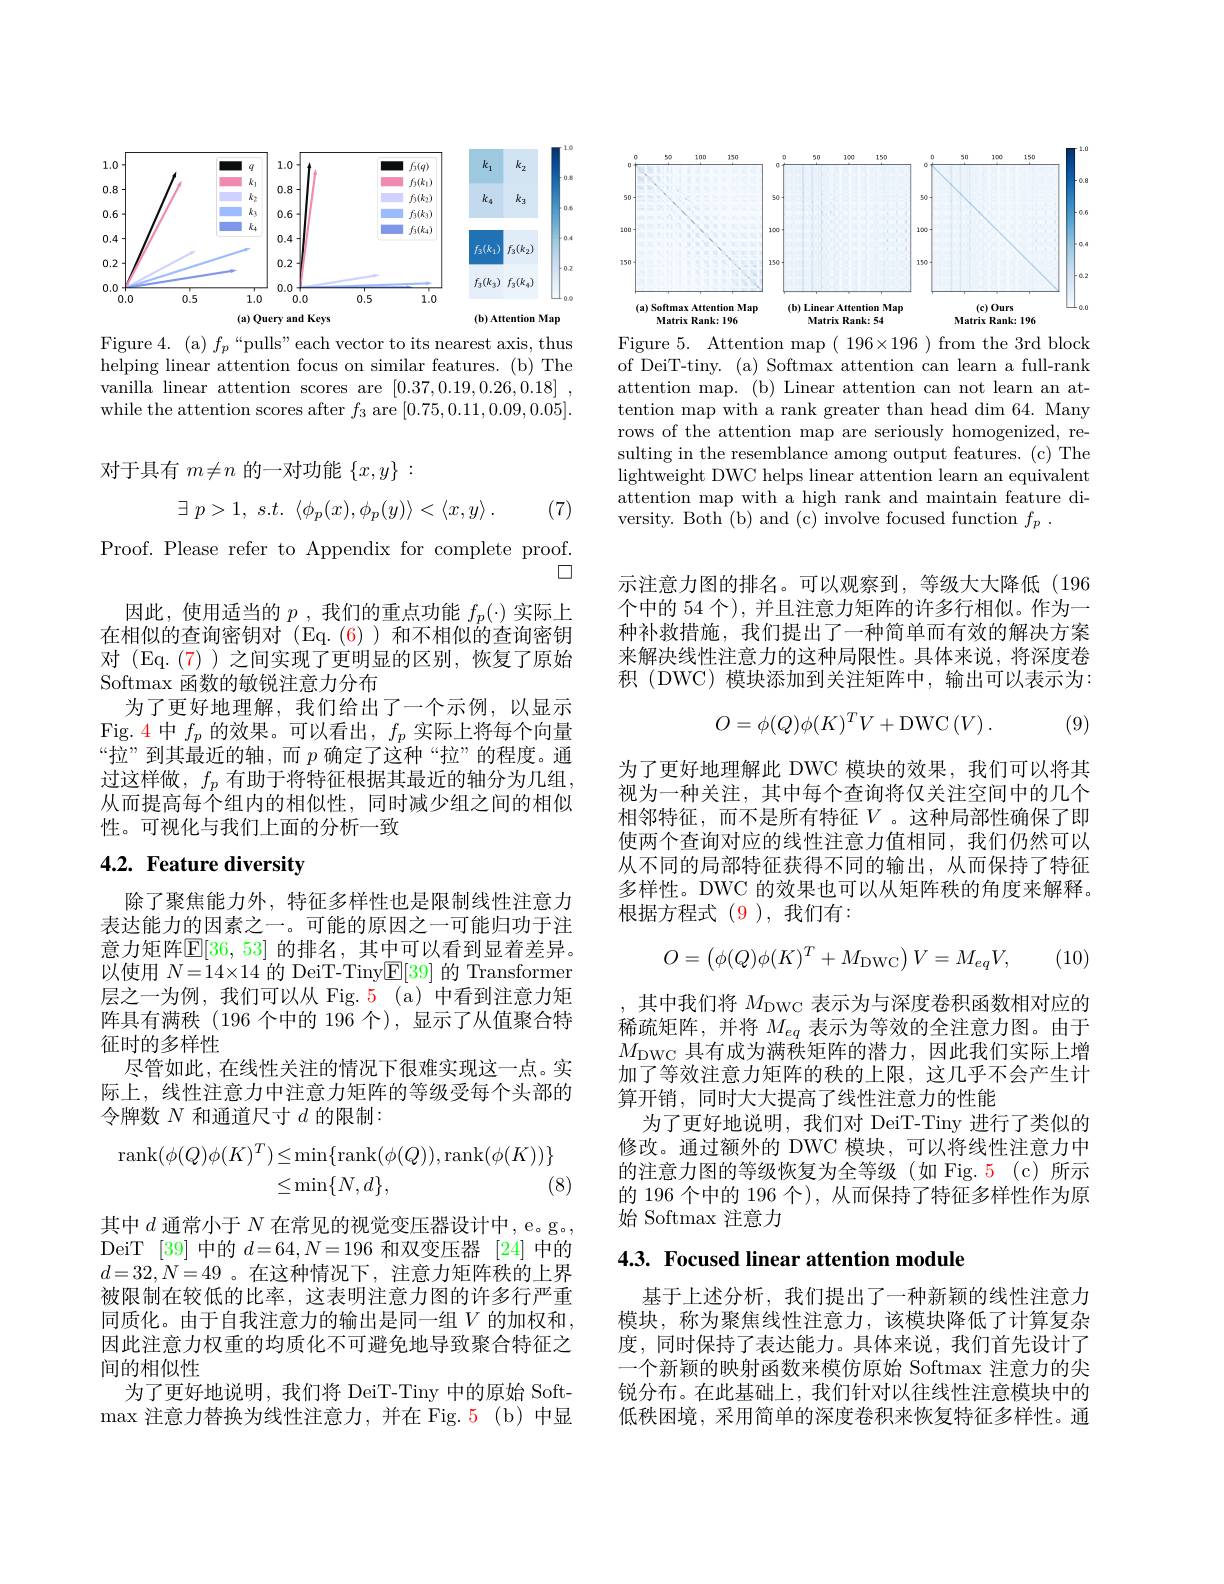
<FigureHere>

Figure 4. (a) $f_p$ “pulls" each vector to its nearest axis, thus helping linear attention focus on similar features. (b) The vanilla linear attention scores are [0.37,0.19,0.26,0.18] while the attention scores after $f_3$ are [0.75,0.11,0.09,0.05].

对于具有$m\neq n$的一对功能$\{x,y\}:$

(7)
$$\exists\:p>1,\:s.t.\:\langle\phi_{p}(x),\phi_{p}(y)\rangle<\langle x,y\rangle\:.$$
Proof. Please refer to Appendix for complete proof.
$\square$
因此，使用适当的$p$,我们的重点功能 $f_p(\cdot)$ 实际上在相似的查询密钥对(Eq.(6))和不相似的查询密钥对(Eq.(7))之间实现了更明显的区别，恢复了原始Softmax 函数的敏锐注意力分布
为了更好地理解，我们给出了一个示例，以显示Fig. 4 中$f_p$的效果。可以看出，$f_p$实际上将每个向量“拉”到其最近的轴，而$p$确定了这种“拉”的程度。通过这样做，$f_p$有助于将特征根据其最近的轴分为几组， 从而提高每个组内的相似性，同时减少组之间的相似性。可视化与我们上面的分析一致

# 4.2. Feature diversity

除了聚焦能力外，特征多样性也是限制线性注意力表达能力的因素之一。可能的原因之一可能归功于注意力矩阵$\mathbb{E}[36,53]$ 的排名，其中可以看到显着差异。以使用$N=14\times14$的 DeiT-Tiny$\mathbb{E}[39]$的 Transformer 层之一为例，我们可以从 Fig.5(a)中看到注意力矩阵具有满秩(196 个中的 196 个),显示了从值聚合特征时的多样性
尽管如此，在线性关注的情况下很难实现这一点。实际上，线性注意力中注意力矩阵的等级受每个头部的令牌数$N$和通道尺寸$d$的限制：
$$\begin{aligned}\operatorname{rank}(\phi(Q)\phi(K)^{T})&\leq\min\{\operatorname{rank}(\phi(Q)),\operatorname{rank}(\phi(K))\}\\&\leq\min\{N,d\},\quad(8\end{aligned}$$
其中$d$通常小于$N$在常见的视觉变压器设计中，e。g。, DeiT [39]中的$d=64,N=196$和双变压器[24]中的$d=32,N=49$ 。在这种情况下，注意力矩阵秩的上界被限制在较低的比率，这表明注意力图的许多行严重同质化。由于自我注意力的输出是同一组$V$ 的加权和， 因此注意力权重的均质化不可避免地导致聚合特征之间的相似性
为了更好地说明，我们将 DeiT-Tiny 中的原始 Soft- $\max$注意力替换为线性注意力，并在 Fig.5(b)中显

<FigureHere>
Figure 5. Attention map$(196\times196)$ from the 3rd block

of DeiT-tiny. (a) Softmax attention can learn a full-rank attention map. (b) Linear attention can not learn an attention map with a rank greater than head dim 64. Many rows of the attention map are seriously homogenized, resulting in the resemblance among output features. (c) The lightweight DWC helps linear attention learn an equivalent attention map with a high rank and maintain feature diversity. Both (b) and (c) involve focused function $f_p$ .

示注意力图的排名。可以观察到，等级大大降低(196个中的 54 个), 并且注意力矩阵的许多行相似。作为一种补救措施，我们提出了一种简单而有效的解决方案来解决线性注意力的这种局限性。具体来说，将深度卷积 (DWC) 模块添加到关注矩阵中，输出可以表示为：
$$O=\phi(Q)\phi(K)^TV+\mathrm{DWC}\left(V\right).$$
(9)

为了更好地理解此 DWC 模块的效果，我们可以将其视为一种关注，其中每个查询将仅关注空间中的几个相邻特征，而不是所有特征$V$。这种局部性确保了即使两个查询对应的线性注意力值相同，我们仍然可以从不同的局部特征获得不同的输出，从而保持了特征多样性。DWC 的效果也可以从矩阵秩的角度来解释。根据方程式(9),我们有：
$$O=\begin{pmatrix}\phi(Q)\phi(K)^T+M_{\mathrm{DWC}}\end{pmatrix}V=M_{eq}V,$$
(10)

,其中我们将$M_\mathrm{DWC}$表示为与深度卷积函数相对应的稀疏矩阵，并将$M_{eq}$表示为等效的全注意力图。由于$M_{\mathrm{DWC}}$具有成为满秩矩阵的潜力，因此我们实际上增加了等效注意力矩阵的秩的上限，这几乎不会产生计算开销，同时大大提高了线性注意力的性能
为了更好地说明，我们对 DeiT-Tiny 进行了类似的修改。通过额外的 DWC 模块，可以将线性注意力中的注意力图的等级恢复为全等级(如 Fig.5(c)所示的 196 个中的 196 个), 从而保持了特征多样性作为原始 Softmax 注意力

## 4.3. Focused linear attention module

基于上述分析，我们提出了一种新颖的线性注意力模块，称为聚焦线性注意力，该模块降低了计算复杂度，同时保持了表达能力。具体来说，我们首先设计了一个新颖的映射函数来模仿原始 Softmax 注意力的尖锐分布。在此基础上，我们针对以往线性注意模块中的低秩困境，采用简单的深度卷积来恢复特征多样性。通